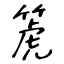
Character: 箎